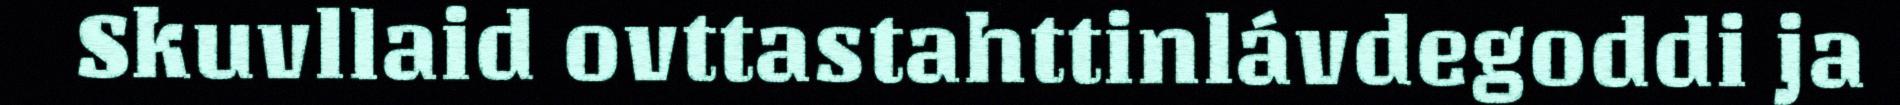
Skuvllaid ovttastahttinlávdegoddi ja